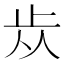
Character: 𣥐